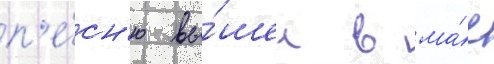
п'е́сн'ю вы́шел в ма́е